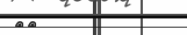
٢٣